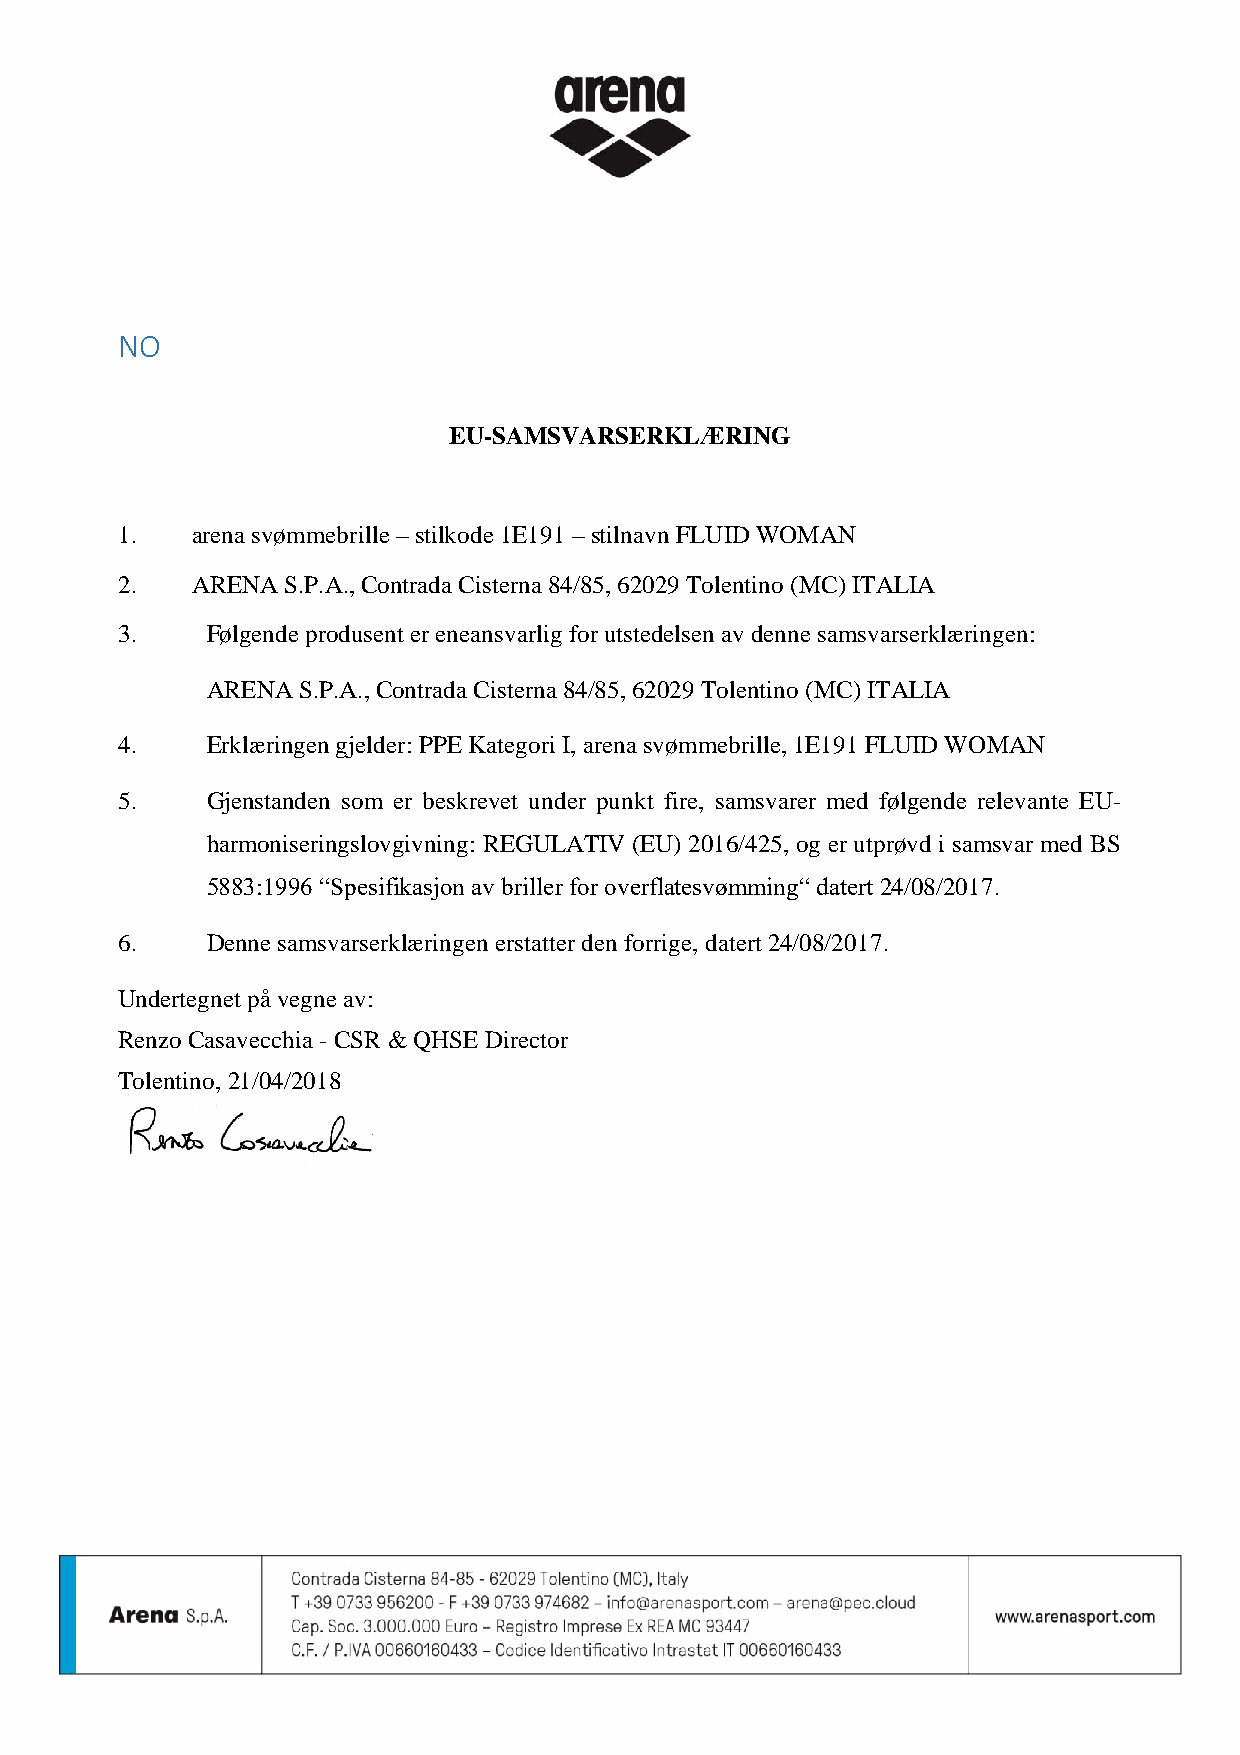
NO
 EU-SAMSVARSERKLÆRING
 1.   arena svømmebrille – stilkode 1E191 – stilnavn FLUID WOMAN
 2.   ARENA S.P.A., Contrada Cisterna 84/85, 62029 Tolentino (MC) ITALIA
 3.    Følgende produsent er eneansvarlig for utstedelsen av denne samsvarserklæringen:
 ARENA S.P.A., Contrada Cisterna 84/85, 62029 Tolentino (MC) ITALIA
 4.    Erklæringen gjelder: PPE Kategori I, arena svømmebrille, 1E191 FLUID WOMAN
 5.    Gjenstanden som er beskrevet under punkt fire, samsvarer med følgende relevante EU-
 harmoniseringslovgivning: REGULATIV (EU) 2016/425, og er utprøvd i samsvar med BS
 5883:1996 “Spesifikasjon av briller for overflatesvømming“ datert 24/08/2017.
 6.    Denne samsvarserklæringen erstatter den forrige, datert 24/08/2017.
 Undertegnet på vegne av:
 Renzo Casavecchia - CSR & QHSE Director
 Tolentino, 21/04/2018